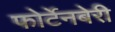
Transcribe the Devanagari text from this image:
फोर्टेनबेरी